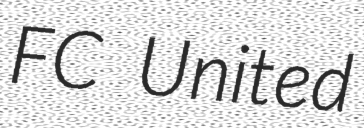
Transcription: FC United